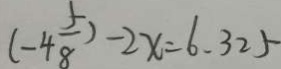
( - 4 \frac { 5 } { 8 } ) - 2 x = 6 . 3 2 5